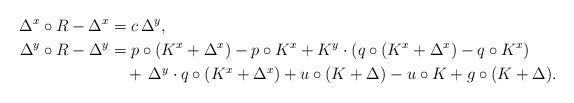
LaTeX: \begin{align*} \Delta^x \circ R - \Delta^x &= c \, \Delta^y , \\\Delta^y \circ R - \Delta^y & = p\circ(K^x + \Delta^x) - p\circ K^x + K^y \cdot (q\circ(K^x + \Delta^x) - q\circ K^x) \\& \quad+ \, \Delta^y \cdot q\circ (K^x + \Delta^x) + u \circ (K + \Delta) - u \circ K+ g\circ (K + \Delta).\end{align*}